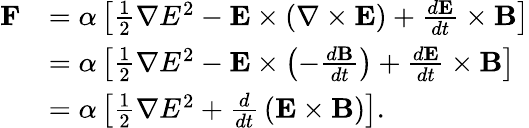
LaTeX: {\begin{array}{rl}{\mathbf{F}}&{=\alpha\left[{\frac{1}{2}}\nabla E^{2}-\mathbf{E}\times\left(\nabla\times\mathbf{E}\right)+{\frac{d\mathbf{E}}{dt}}\times\mathbf{B}\right]}\\ &{=\alpha\left[{\frac{1}{2}}\nabla E^{2}-\mathbf{E}\times\left(-{\frac{d\mathbf{B}}{dt}}\right)+{\frac{d\mathbf{E}}{dt}}\times\mathbf{B}\right]}\\ &{=\alpha\left[{\frac{1}{2}}\nabla E^{2}+{\frac{d}{dt}}\left(\mathbf{E}\times\mathbf{B}\right)\right].}\end{array}}